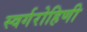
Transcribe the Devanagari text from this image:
स्वर्गरोहिणी